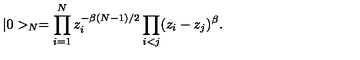
| 0 > _ { N } = \prod _ { i = 1 } ^ { N } z _ { i } ^ { - \beta ( N - 1 ) / 2 } \prod _ { i < j } ( z _ { i } - z _ { j } ) ^ { \beta } .